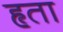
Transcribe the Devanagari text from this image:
हृता